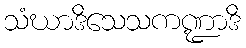
သံဃာဒိသေသကဏ္ဍာဒိ